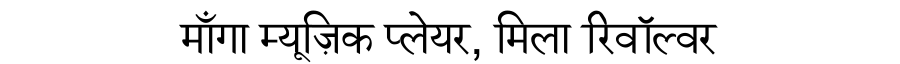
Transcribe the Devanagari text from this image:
माँगा म्यूज़िक प्लेयर, मिला रिवॉल्वर